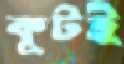
কুটই